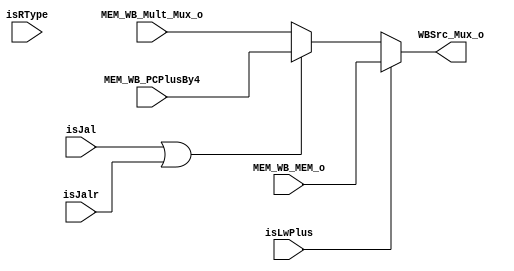
module WBSrc_Mux(MEM_WB_Mult_Mux_o,MEM_WB_MEM_o,MEM_WB_PCPlusBy4,
                  isJal,isJalr,isRType,isLwPlus,WBSrc_Mux_o);
  input[31:0] MEM_WB_Mult_Mux_o;
  input[31:0] MEM_WB_MEM_o;
  input[31:0] MEM_WB_PCPlusBy4;
  input isJal;
  input isJalr;
  input isRType;
  input isLwPlus;

  output[31:0] WBSrc_Mux_o;
  
  assign WBSrc_Mux_o=(isLwPlus)?MEM_WB_MEM_o:((isJal||isJalr)?MEM_WB_PCPlusBy4:MEM_WB_Mult_Mux_o);
  
endmodule